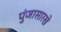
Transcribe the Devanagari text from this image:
पुंजासारखे